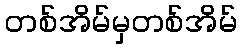
တစ်အိမ်မှတစ်အိမ်